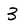
Character: 3